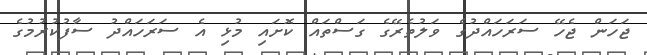
ޖަހަން ޖެހޭ ސަރަހައްދުގެ ވަލުތެރޭގެ ގަސްތައް ކޮށައި މުޅި އެ ސަރަހައްދު ސާފުކުރުމުގެ